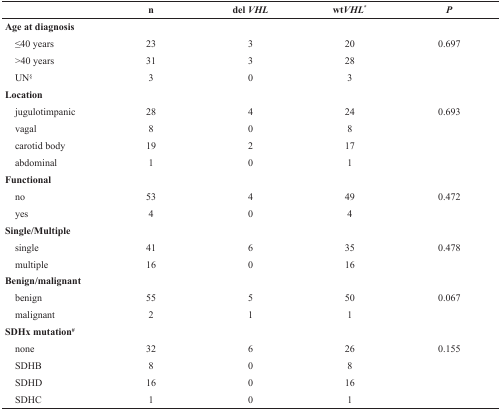
<table><thead><tr><td></td><td><b>n</b></td><td><b>del <i>VHL</i></b></td><td><b>wt<i>VHL</i>*</b></td><td><b><i>P</i></b></td></tr></thead><tbody><tr><td><b>Age at diagnosis</b></td><td></td><td></td><td></td><td></td></tr><tr><td> ≤40 years</td><td>23</td><td>3</td><td>20</td><td>0.697</td></tr><tr><td> &gt;40 years</td><td>31</td><td>3</td><td>28</td><td></td></tr><tr><td> UN<sup>§</sup></td><td>3</td><td>0</td><td>3</td><td></td></tr><tr><td><b>Location</b></td><td></td><td></td><td></td><td></td></tr><tr><td> jugulotimpanic</td><td>28</td><td>4</td><td>24</td><td>0.693</td></tr><tr><td> vagal</td><td>8</td><td>0</td><td>8</td><td></td></tr><tr><td> carotid body</td><td>19</td><td>2</td><td>17</td><td></td></tr><tr><td> abdominal</td><td>1</td><td>0</td><td>1</td><td></td></tr><tr><td><b>Functional</b></td><td></td><td></td><td></td><td></td></tr><tr><td> no</td><td>53</td><td>4</td><td>49</td><td>0.472</td></tr><tr><td> yes</td><td>4</td><td>0</td><td>4</td><td></td></tr><tr><td><b>Single/Multiple</b></td><td></td><td></td><td></td><td></td></tr><tr><td> single</td><td>41</td><td>6</td><td>35</td><td>0.478</td></tr><tr><td> multiple</td><td>16</td><td>0</td><td>16</td><td></td></tr><tr><td><b>Benign/malignant</b></td><td></td><td></td><td></td><td></td></tr><tr><td> benign</td><td>55</td><td>5</td><td>50</td><td>0.067</td></tr><tr><td> malignant</td><td>2</td><td>1</td><td>1</td><td></td></tr><tr><td><b>SDHx mutation</b><sup>#</sup></td><td></td><td></td><td></td><td></td></tr><tr><td> none</td><td>32</td><td>6</td><td>26</td><td>0.155</td></tr><tr><td> SDHB</td><td>8</td><td>0</td><td>8</td><td></td></tr><tr><td> SDHD</td><td>16</td><td>0</td><td>16</td><td></td></tr><tr><td> SDHC</td><td>1</td><td>0</td><td>1</td><td></td></tr></tbody></table>